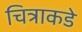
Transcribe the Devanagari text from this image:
चित्राकडे